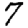
Digit: 7